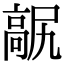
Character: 髛